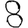
Digit: 8